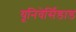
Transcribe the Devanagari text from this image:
यूनिवेर्सिडाड